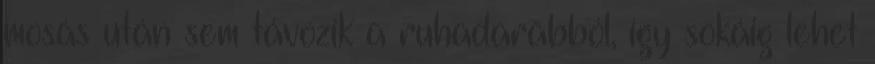
mosás után sem távozik a ruhadarabból, így sokáig lehet